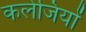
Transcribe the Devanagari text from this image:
कलेजियों